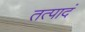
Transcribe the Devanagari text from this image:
तत्पादं